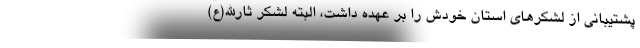
پشتیبانی از لشکرهای استان خودش را بر عهده داشت، البته لشکر ثارالله(ع)